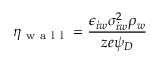
\eta _ { \mathrm { ~ w ~ a ~ l ~ l ~ } } = \frac { \epsilon _ { i w } \sigma _ { i w } ^ { 2 } \rho _ { w } } { z e \psi _ { D } }